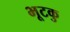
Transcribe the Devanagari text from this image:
भूटकु